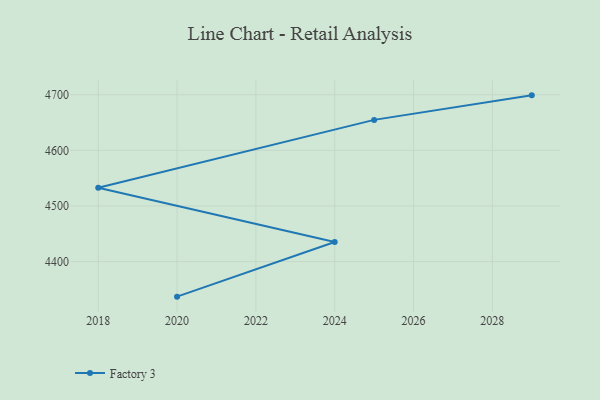
{"axis": {"x": "Year", "y": "Demand Index"}, "legend": ["Factory 3"], "data": [{"x": "2029", "y": 4698.9, "type": "Factory 3"}, {"x": "2025", "y": 4654.8, "type": "Factory 3"}, {"x": "2018", "y": 4532.7, "type": "Factory 3"}, {"x": "2024", "y": 4435.2, "type": "Factory 3"}, {"x": "2020", "y": 4337.0, "type": "Factory 3"}]}